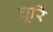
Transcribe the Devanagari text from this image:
घूरि